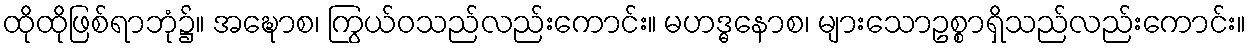
ထိုထိုဖြစ်ရာဘုံ၌။ အဍ္ဎောစ၊ ကြွယ်ဝသည်လည်းကောင်း။ မဟဒ္ဓနောစ၊ များသောဥစ္စာရှိသည်လည်းကောင်း။